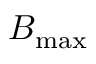
B _ { \mathrm { m a x } }